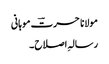
مولانا حسرتؔ موہانی
رسالہِ اصلاح ۔